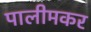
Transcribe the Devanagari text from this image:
पालीमकर